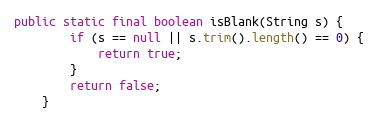
Language: Java
public static final boolean isBlank(String s) {
		if (s == null || s.trim().length() == 0) {
			return true;
		}
		return false;
	}